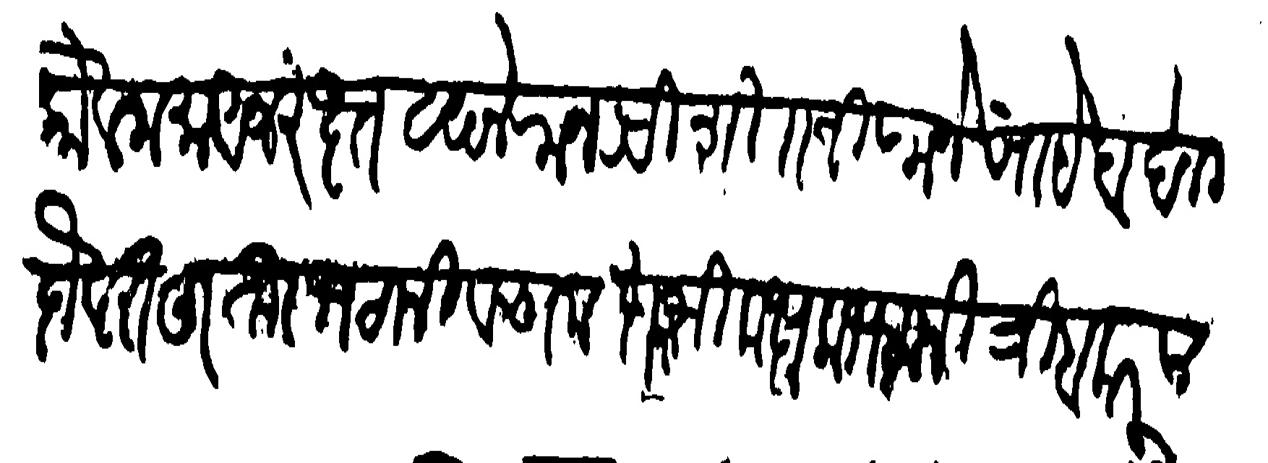
Transliteration (Devanagari): कौलनामा अजरख्तखाने राजश्री शिवाजीराजे साहेब दाम दौलतहू ताा भटानी व समस्त भिकक्षुक भटानी त्रिमबक प्राा